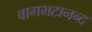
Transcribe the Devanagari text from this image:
वागभटानन्द